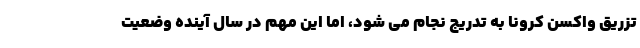
تزریق واکسن کرونا به تدریج نجام می شود، اما این مهم در سال آینده وضعیت